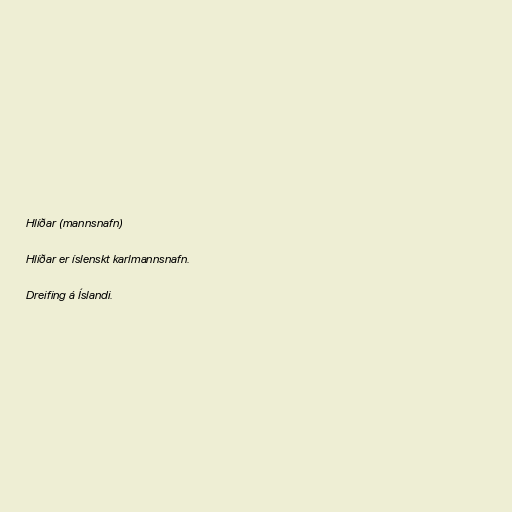
Hlíðar (mannsnafn)

Hlíðar er íslenskt karlmannsnafn.

Dreifing á Íslandi.